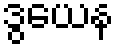
ဒွယေန